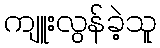
ကျူးလွန်ခဲ့သူ